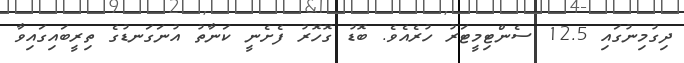
ދިގުމިނުގައި 12.5 ސެންޓިމީޓަރު ހުރެއެވެ. ބޮޑު ގޮހޮރު ފެށެނީ ކަނާތު އުނަގަނޑުގެ ތިރީބައިގައިވާ